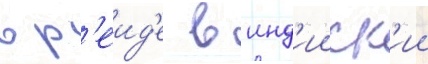
в р'еид'е в инд'ииск'ии